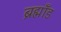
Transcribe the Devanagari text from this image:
ब्रह्माँड